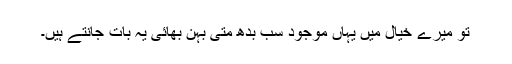
تو میرے خیال میں یہاں موجود سب بدھ متی بہن بھائی یہ بات جانتے ہیں۔